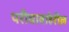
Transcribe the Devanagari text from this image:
परीघाबाहेरील